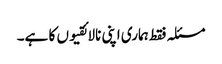
مسئلہ فقط ہماری اپنی نالائقیوں کا ہے۔